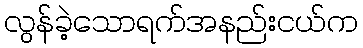
လွန်ခဲ့သောရက်အနည်းငယ်က